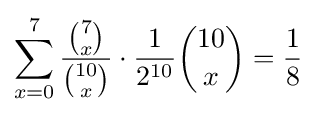
\sum _{x=0}^{7}{\frac {\binom {7}{x}}{\binom {10}{x}}}\cdot {\frac {1}{2^{10}}}{\binom {10}{x}}={\frac {1}{8}}